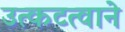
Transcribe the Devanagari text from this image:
उत्कटत्वाने